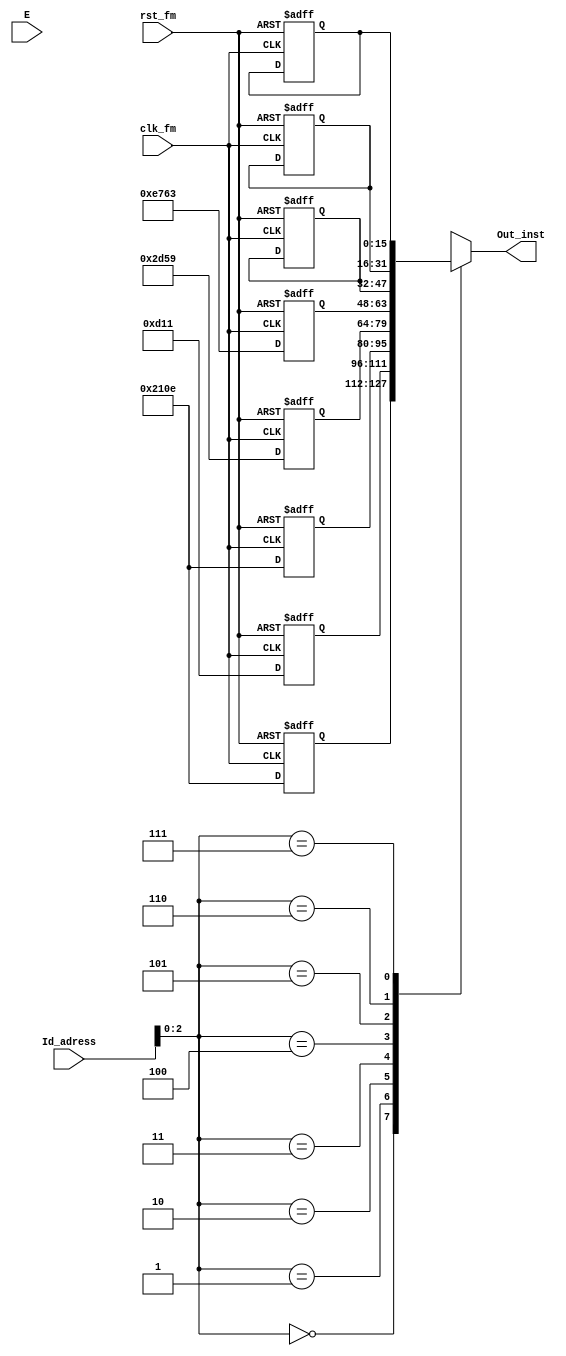
module Flash_Mem(
    input clk_fm,
    input rst_fm,
    input E,                                //enable
  input [size_fm-1:0] Id_adress,            // entradad de la flash memory (dirección a buscar-8 bits)
    output [size_inst-1:0] Out_inst          // Salida de flash memory  (instrucción a decodificar, 16 bits)
);

integer i;
parameter size_inst = 16;              //tamaño de la instrucción 16-bits
parameter size_fm = 8;               // tamaño de la dirección
parameter size_Ifm = 5;                 //Número de instrucciones que se pueden ejecutar (32 instrucciones)

reg [size_inst-1:0] Mem_F[size_fm-1:0];        //vectores de 16 bits en 255 casilleros

always @(posedge clk_fm or posedge rst_fm) begin  
  if(rst_fm) begin  
                  for(i=0; i<=size_fm-1; i=i+1)
                begin
                Mem_F[i] = 16'b0;
                end
            end
          else 
            begin
            Mem_F[0] <= 16'b0010000100001110; //AND  
              Mem_F[1] <= 16'b0000110100010001; //ADD
              Mem_F[2] <= 16'b0010000100001110; //AND
              Mem_F[3] <= 16'b0010110101011001; //MOV d=21 r=9 lo del 9 al 21
              Mem_F[4] <= 16'b1110011101100011; //LDI grabo 115 en d=22
            end
end

assign Out_inst = Mem_F[Id_adress];

endmodule